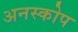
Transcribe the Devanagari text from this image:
अनस्कोप